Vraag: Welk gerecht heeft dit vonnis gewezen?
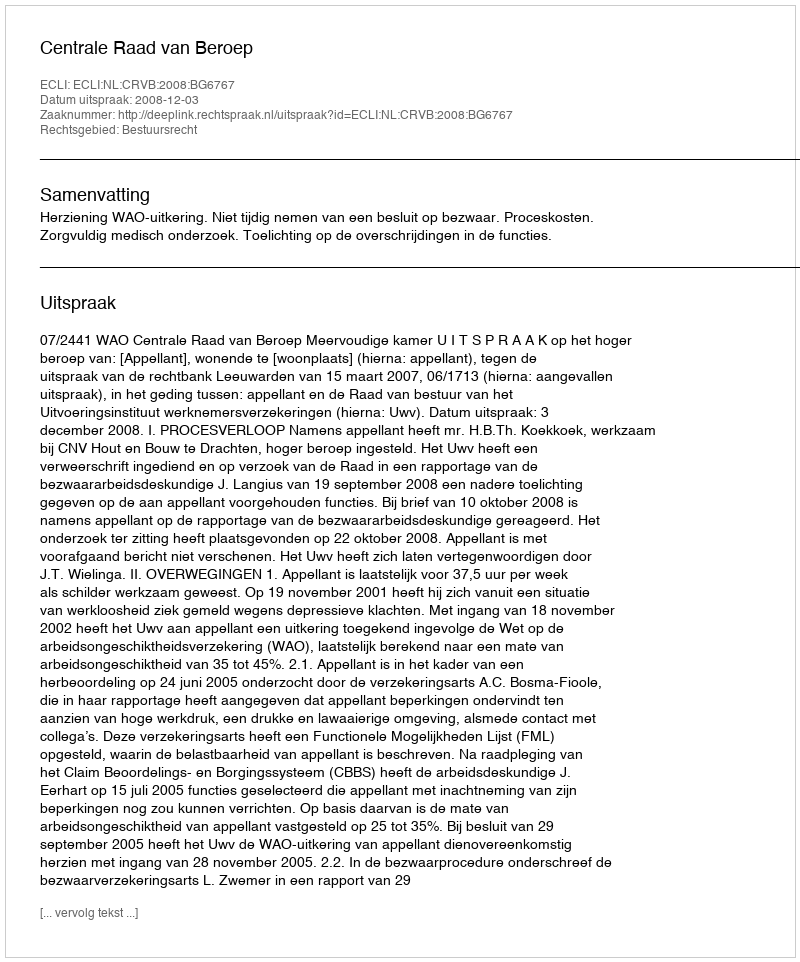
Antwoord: Centrale Raad van Beroep